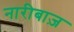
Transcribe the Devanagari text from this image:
नारीबाज़